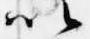
以